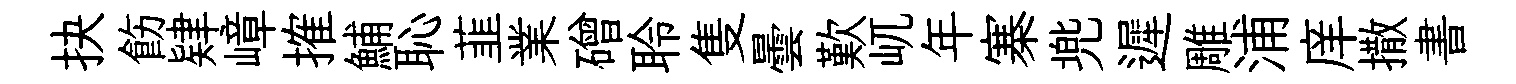
抉飭肄嶂搉鯆恥韮業磳聆隻曇歎屼年寨兠遲雕浦庠撒書